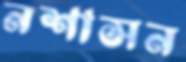
নশাসন